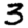
Digit: 3